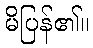
မိပြန်၏။